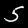
Digit: 5